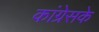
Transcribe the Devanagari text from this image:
कांग्रेसके